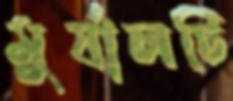
মুর্যালটি